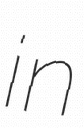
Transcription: in